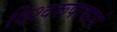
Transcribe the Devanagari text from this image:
विश्वरूपाचार्य